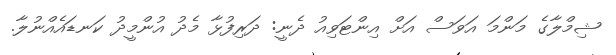
ޝިމްލާގެ މަންމަ އަވަސް އަށް އިންޓަވިއު ދެނީ: ދަރިފުޅާ މެދު އުންމީދު ކަނޑައެއްނުލާ.